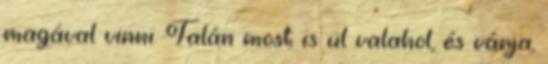
magával vinni. Talán most is ül valahol, és várja,